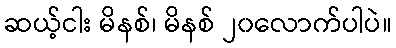
ဆယ့်ငါး မိနစ်၊ မိနစ် ၂၀လောက်ပါပဲ။